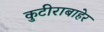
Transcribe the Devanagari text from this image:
कुटीराबाहेर